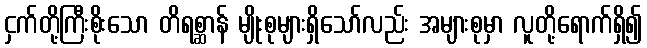
ငှက်တို့ကြီးစိုးသော တိရစ္ဆာန် မျိုးစုများရှိသော်လည်း အများစုမှာ လူတို့ရောက်ရှိ၍